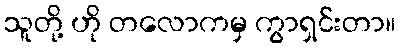
သူတို့ ဟို တလောကမှ ကွာရှင်းတာ။